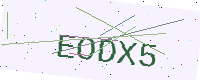
Text: EODX5